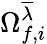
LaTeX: \Omega_{f,i}^{\overline{{\lambda}}}